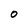
Character: O